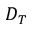
D _ { T }